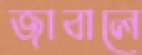
জাবালে